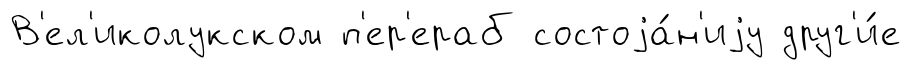
В'ел'иколукском п'ер'ераб состоjа́н'иjу друг'и́е